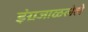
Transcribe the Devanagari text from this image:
इंग्रजाळलेले